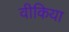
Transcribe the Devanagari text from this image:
वीकिया